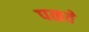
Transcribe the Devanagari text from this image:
पळते